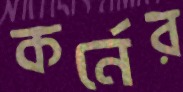
কর্নের